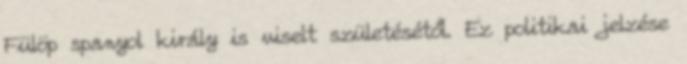
Fülöp spanyol király is viselt születésétől. Ez politikai jelzése